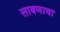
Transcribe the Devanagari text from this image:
साबणाचा